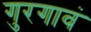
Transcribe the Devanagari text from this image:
गुरगावं